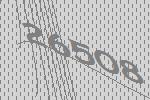
26508